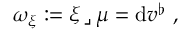
\omega _ { \xi } : = \xi \, \lrcorner \, \mu = \mathrm { d } v ^ { \flat } \ ,